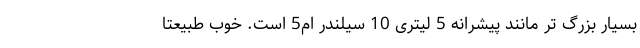
بسیار بزرگ تر مانند پیشرانه 5 لیتری 10 سیلندر ام5 است. خوب طبیعتا